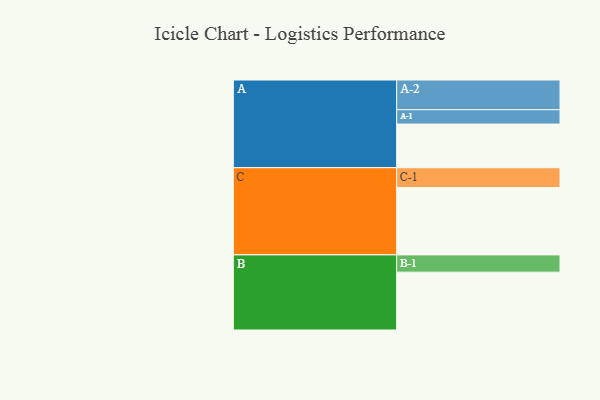
{"axis": {"x": "Segment", "y": "Value"}, "legend": ["", "A", "B", "C"], "data": [{"x": "A", "y": 329, "type": ""}, {"x": "B", "y": 436, "type": ""}, {"x": "C", "y": 508, "type": ""}, {"x": "A-1", "y": 108, "type": "A"}, {"x": "A-2", "y": 224, "type": "A"}, {"x": "B-1", "y": 130, "type": "B"}, {"x": "C-1", "y": 149, "type": "C"}]}